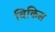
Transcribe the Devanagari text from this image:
विकिस